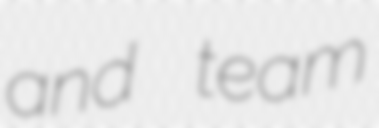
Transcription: and team